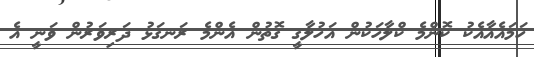
ހަމައެއާއެކު ކޮޮންމެ ކްލާހަކުން އަހުލާގީ ގޮތުން އެންމެ ރަނގަޅު ދަރިވަރުން ވަނީ އެ